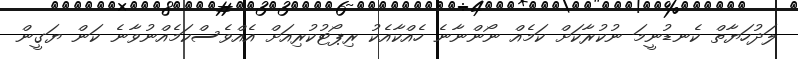
ލަދުހަޔާތް ކެނޑުނީމަ ނުކުރާކަށް ކަމެއް ނޯންނާނެ ހެއްކާއެކު ރިޕޯޓުކުރިއަށް އެއްވެސްކަމެއްނުވާނެ ކަން ޔަގީން